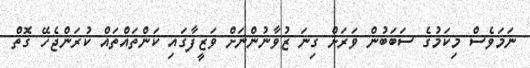
ނަމަވެސް މިކަމުގެ ސަބަބުން ވަރަށް ގިނަ ޒުވާނުންނަށް ވަޒީފާގައި ކަންތައްތައް ކުރަންޖެހޭ ގޮތް